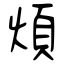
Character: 煩